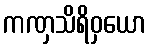
ကဏှသိရိဝှယော